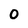
Character: 0